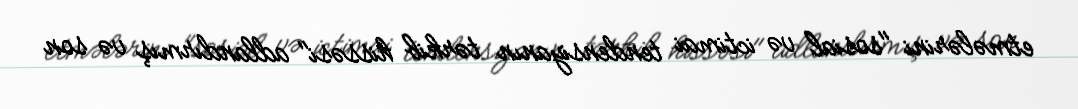
etmələrini "sosial və ictimai tendensiyanın tərkib hissəsi" adlandırmış və son